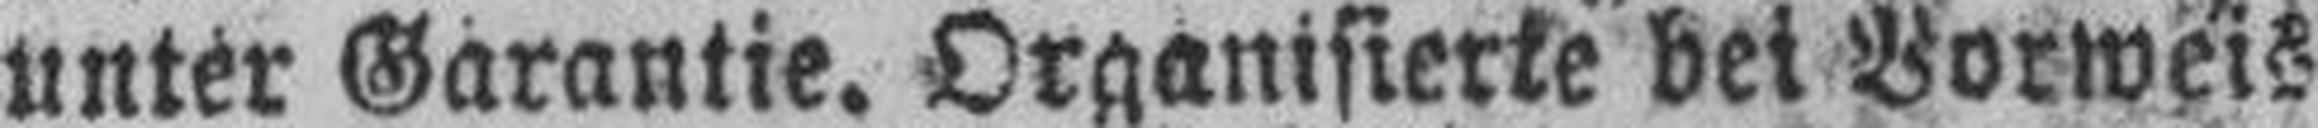
unter Garantie. Organisierte bei Borweis